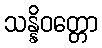
သန္နိဝတ္တော